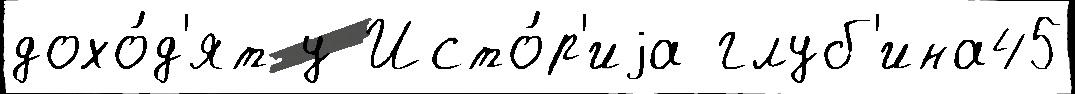
дохо́д'ят у Исто́р'иjа глуб'ина45